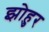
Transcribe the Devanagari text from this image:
झोहुर